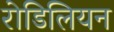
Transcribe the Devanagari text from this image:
रोडिलियन